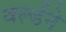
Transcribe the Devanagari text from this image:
वर्ल्डने